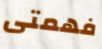
فهمتى